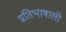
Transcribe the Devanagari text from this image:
प्रतिभाषाली